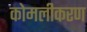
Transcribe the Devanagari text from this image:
कोमलीकरण